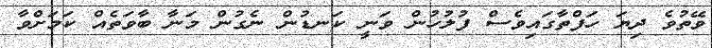
ވޭތުވެ ދިޔަ ހަފްތާގައިވެސް ފުލުހުން ވަނީ ކަނޑުން ނެގުން މަނާ ބާވަތެއް ކަމަށްވާ